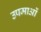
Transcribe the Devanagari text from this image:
उपमाआें